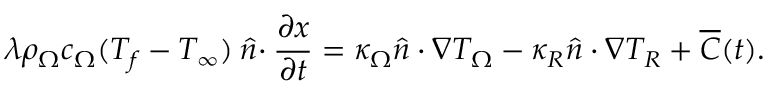
\lambda \rho _ { \Omega } c _ { \Omega } ( T _ { f } - T _ { \infty } ) \boldsymbol { \hat { n } \cdot } \frac { \partial \boldsymbol { x } } { \partial t } = \kappa _ { \Omega } \boldsymbol { \hat { n } \cdot \nabla } T _ { \Omega } - \kappa _ { R } \boldsymbol { \hat { n } \cdot \nabla } T _ { R } + \overline { { C } } ( t ) .